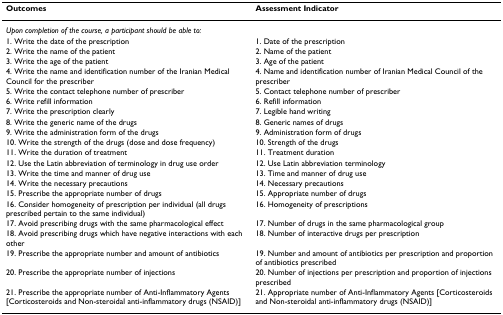
<table><thead><tr><td><b>Outcomes</b></td><td><b>Assessment Indicator</b></td></tr></thead><tbody><tr><td><i>Upon completion of the course, a participant should be able to:</i></td><td></td></tr><tr><td>1. Write the date of the prescription</td><td>1. Date of the prescription</td></tr><tr><td>2. Write the name of the patient</td><td>2. Name of the patient</td></tr><tr><td>3. Write the age of the patient</td><td>3. Age of the patient</td></tr><tr><td>4. Write the name and identification number of the Iranian Medical Council for the prescriber</td><td>4. Name and identification number of Iranian Medical Council of the prescriber</td></tr><tr><td>5. Write the contact telephone number of prescriber</td><td>5. Contact telephone number of prescriber</td></tr><tr><td>6. Write refill information</td><td>6. Refill information</td></tr><tr><td>7. Write the prescription clearly</td><td>7. Legible hand writing</td></tr><tr><td>8. Write the generic name of the drugs</td><td>8. Generic names of drugs</td></tr><tr><td>9. Write the administration form of the drugs</td><td>9. Administration form of drugs</td></tr><tr><td>10. Write the strength of the drugs (dose and dose frequency)</td><td>10. Strength of the drugs</td></tr><tr><td>11. Write the duration of treatment</td><td>11. Treatment duration</td></tr><tr><td>12. Use the Latin abbreviation of terminology in drug use order</td><td>12. Use Latin abbreviation terminology</td></tr><tr><td>13. Write the time and manner of drug use</td><td>13. Time and manner of drug use</td></tr><tr><td>14. Write the necessary precautions</td><td>14. Necessary precautions</td></tr><tr><td>15. Prescribe the appropriate number of drugs</td><td>15. Appropriate number of drugs</td></tr><tr><td>16. Consider homogeneity of prescription per individual (all drugs prescribed pertain to the same individual)</td><td>16. Homogeneity of prescriptions</td></tr><tr><td>17. Avoid prescribing drugs with the same pharmacological effect</td><td>17. Number of drugs in the same pharmacological group</td></tr><tr><td>18. Avoid prescribing drugs which have negative interactions with each other</td><td>18. Number of interactive drugs per prescription</td></tr><tr><td>19. Prescribe the appropriate number and amount of antibiotics</td><td>19. Number and amount of antibiotics per prescription and proportion of antibiotics prescribed</td></tr><tr><td>20. Prescribe the appropriate number of injections</td><td>20. Number of injections per prescription and proportion of injections prescribed</td></tr><tr><td>21. Prescribe the appropriate number of Anti-Inflammatory Agents [Corticosteroids and Non-steroidal anti-inflammatory drugs (NSAID)]</td><td>21. Appropriate number of Anti-Inflammatory Agents [Corticosteroids and Non-steroidal anti-inflammatory drugs (NSAID)]</td></tr></tbody></table>